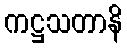
ကဋ္ဌသတာနိ